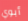
أبوي